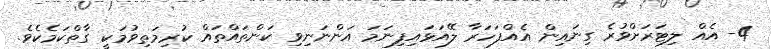
4- އެއް ލިޓަރަށްވުރެ ގިނައިން އެއްފަހަރާ ލޭއަޅައިފިނަމަ އަންނަނިވި ކަންތައްތައް ކުރިމަތިވުމަކީ ގާތްކަމެކެވެ.